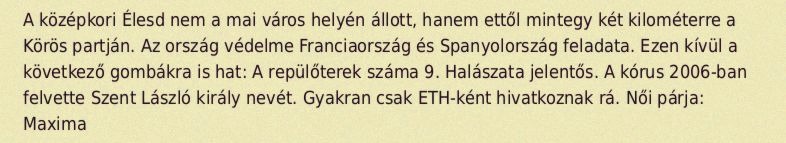
A középkori Élesd nem a mai város helyén állott, hanem ettől mintegy két kilométerre a Körös partján. Az ország védelme Franciaország és Spanyolország feladata. Ezen kívül a következő gombákra is hat: A repülőterek száma 9. Halászata jelentős. A kórus 2006-ban felvette Szent László király nevét. Gyakran csak ETH-ként hivatkoznak rá. Női párja: Maxima